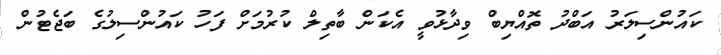
ކައުންސިލަރު އަބްދު ތޮއްޔިބް ވިދާޅުވީ އެކަން ބާތިލް ކުރުމަށް ފަހު ކައުންސިލުގެ ބަޖެޓުން